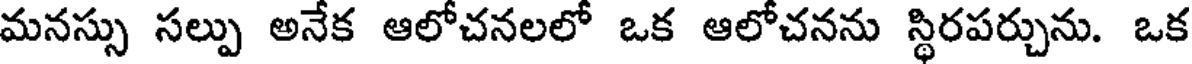
మనస్సు సల్పు అనేక ఆలోచనలలో ఒక ఆలోచనను స్థిరపర్చును. ఒక